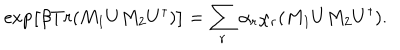
LaTeX: \exp \left[ \beta T r ( M _ { 1 } U M _ { 2 } U ^ { \dagger } ) \right] = \sum _ { r } \alpha _ { r } \chi _ { r } ( M _ { 1 } U M _ { 2 } U ^ { \dagger } ) .